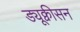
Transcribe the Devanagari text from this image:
ड्यूक्वीसन